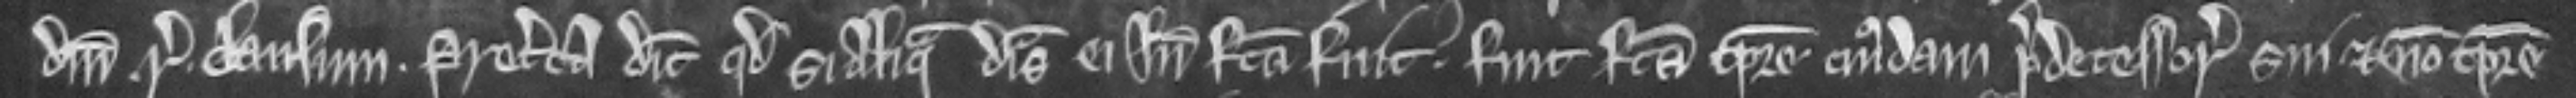
domini regis clausum. Preterea dicit quod si aliqua disseisina ei inde facta fuit. fuit facta tempore cujusdam predecessoris sui et non tempore